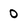
Character: 0